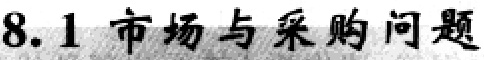
8.1 市场与采购问题